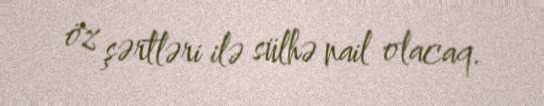
öz şərtləri ilə sülhə nail olacaq.